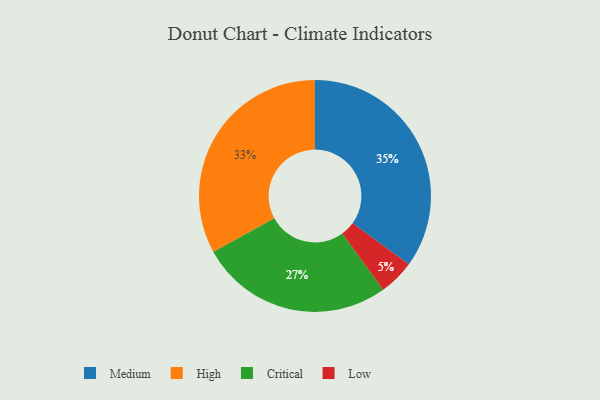
{"axis": {"x": "Category", "y": "Percentage"}, "legend": ["Critical", "High", "Low", "Medium"], "data": [{"x": "Critical", "y": 27, "type": "Critical"}, {"x": "High", "y": 33, "type": "High"}, {"x": "Low", "y": 5, "type": "Low"}, {"x": "Medium", "y": 35, "type": "Medium"}]}